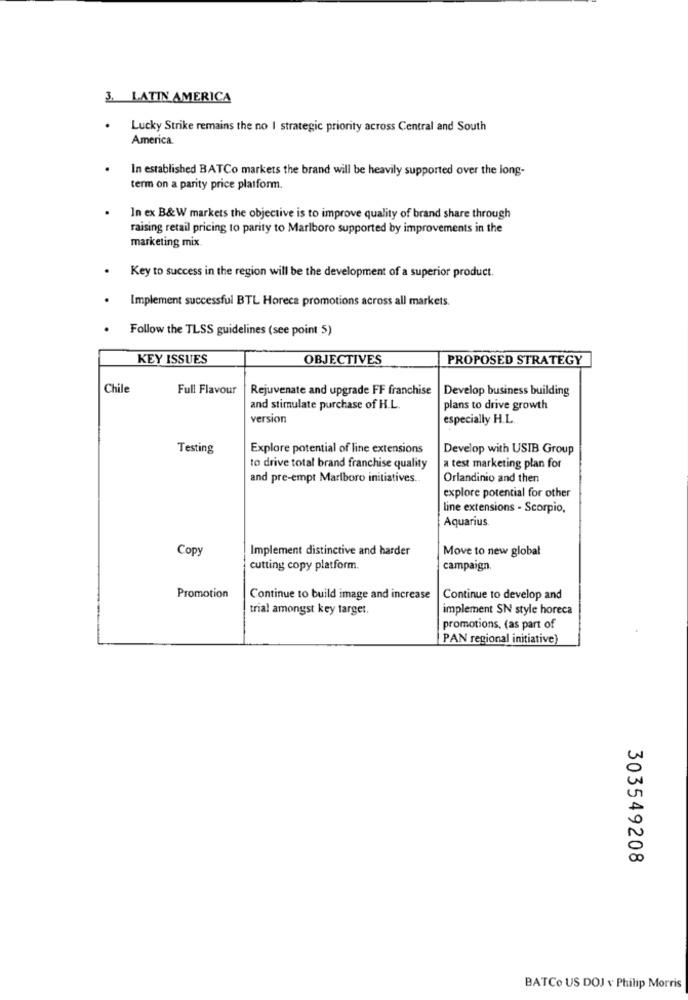
3. LATIN AMERICA
.
Lucky Strike remains the no I strategic priority across Central and South
America
In established BATCo markets the brand will be heavily supported over the long-
term on a parity price platform.
In ex B&W markets the objective is to improve quality of brand share through
raising retail pricing to parity to Marlboro supported by improvements in the
marketing mix
.
Key to success in the region will be the development of a superior product.
Implement successful BTL Horeca promotions across all markets.
Follow the TLSS guidelines (see point 5)
KEY ISSUES
OBJECTIVES
PROPOSED STRATEGY
Chile
Full Flavour
Rejuvenate and upgrade FF franchise
Develop business building
and stimulate purchase of H.L.
plans to drive growth
version
especially H.L.
Testing
Explore potential of line extensions
Develop with USIB Group
to drive total brand franchise quality
a test marketing plan for
and pre-empt Marlboro initiatives ..
Orlandinio and then
explore potential for other
line extensions - Scorpio,
Aquarius.
Copy
Implement distinctive and harder
Move to new global
cutting copy platform.
campaign.
Promotion
Continue to build image and increase
Continue to develop and
trial amongst key target.
implement SN style horeca
promotions, (as part of
PAN regional initiative)
303549208
BATCo US DOJ v Philip Morris